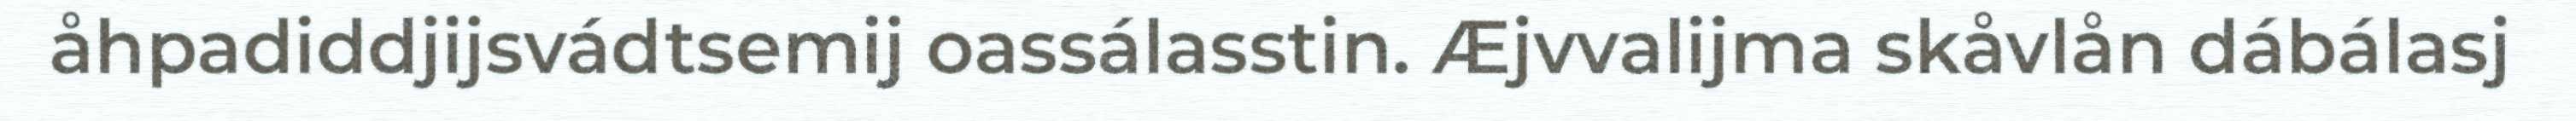
åhpadiddjijsvádtsemij oassálasstin. Æjvvalijma skåvlån dábálasj